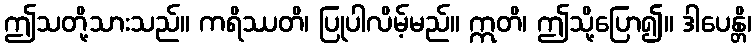
ဤသတို့သားသည်။ ကရိဿတိ၊ ပြုပါလိမ့်မည်။ ဣတိ၊ ဤသို့ပြော၍။ ဒါပေန္တိ၊